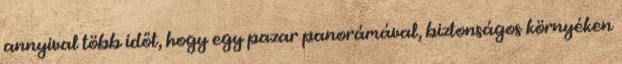
annyival több időt, hogy egy pazar panorámával, biztonságos környéken